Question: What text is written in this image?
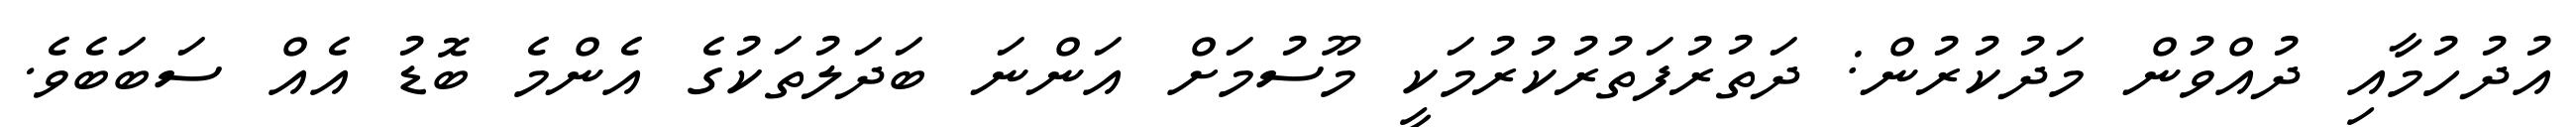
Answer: އުދުހުމާއި ދުއްވުން މަދުކުރުން: ދަތުރުފަތުރުކުރުމަކީ މޫސުމަށް އަންނަ ބަދަލުތަކުގެ އެންމެ ބޮޑު އެއް ސަބަބެވެ.